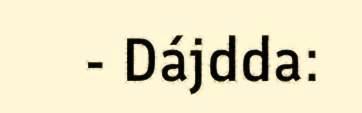
- Dájdda: